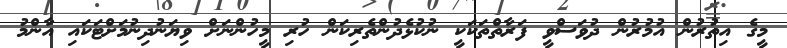
މީގެ އިތުރުން އުމުރުން ދުވަސްވީ ފަރާތްތަކަކީ ނުކުޅެދުންތެރިކަން ހުރި މީހުންނަށް ވިޔަނުދިނުމަށްޓަކައި އާންމު